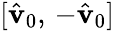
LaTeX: [\hat{\mathbf{v}}_{0},\, -\hat{\mathbf{v}}_{0}]